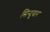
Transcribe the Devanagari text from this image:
सिन्दुवार